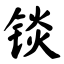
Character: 锬